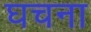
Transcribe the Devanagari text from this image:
घचना